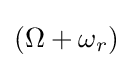
\left(\Omega +\omega _{r}\right)